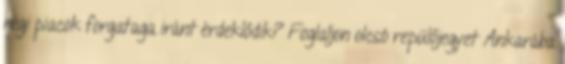
régi piacok forgataga iránt érdeklődik? Foglaljon olcsó repülőjegyet Ankarába